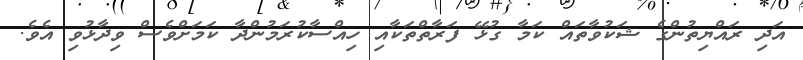
އަދި ރައްޔިތުންގެ ޝަކުވާތައް ކަމާ ގުޅޭ ފަރާތްތަކާއި ހިއްސާކުރަމުންދާ ކަމަށްވެސް ވިދާޅުވި އެވެ.